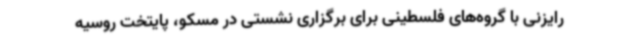
رایزنی با گروه‌های فلسطینی برای برگزاری نشستی در مسکو، پایتخت روسیه